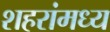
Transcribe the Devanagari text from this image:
शहरांमध्य